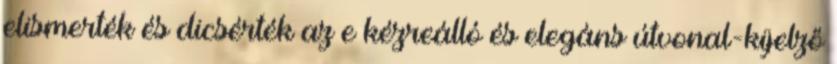
elismerték és dicsérték az e kézreálló és elegáns útvonal-kijelző